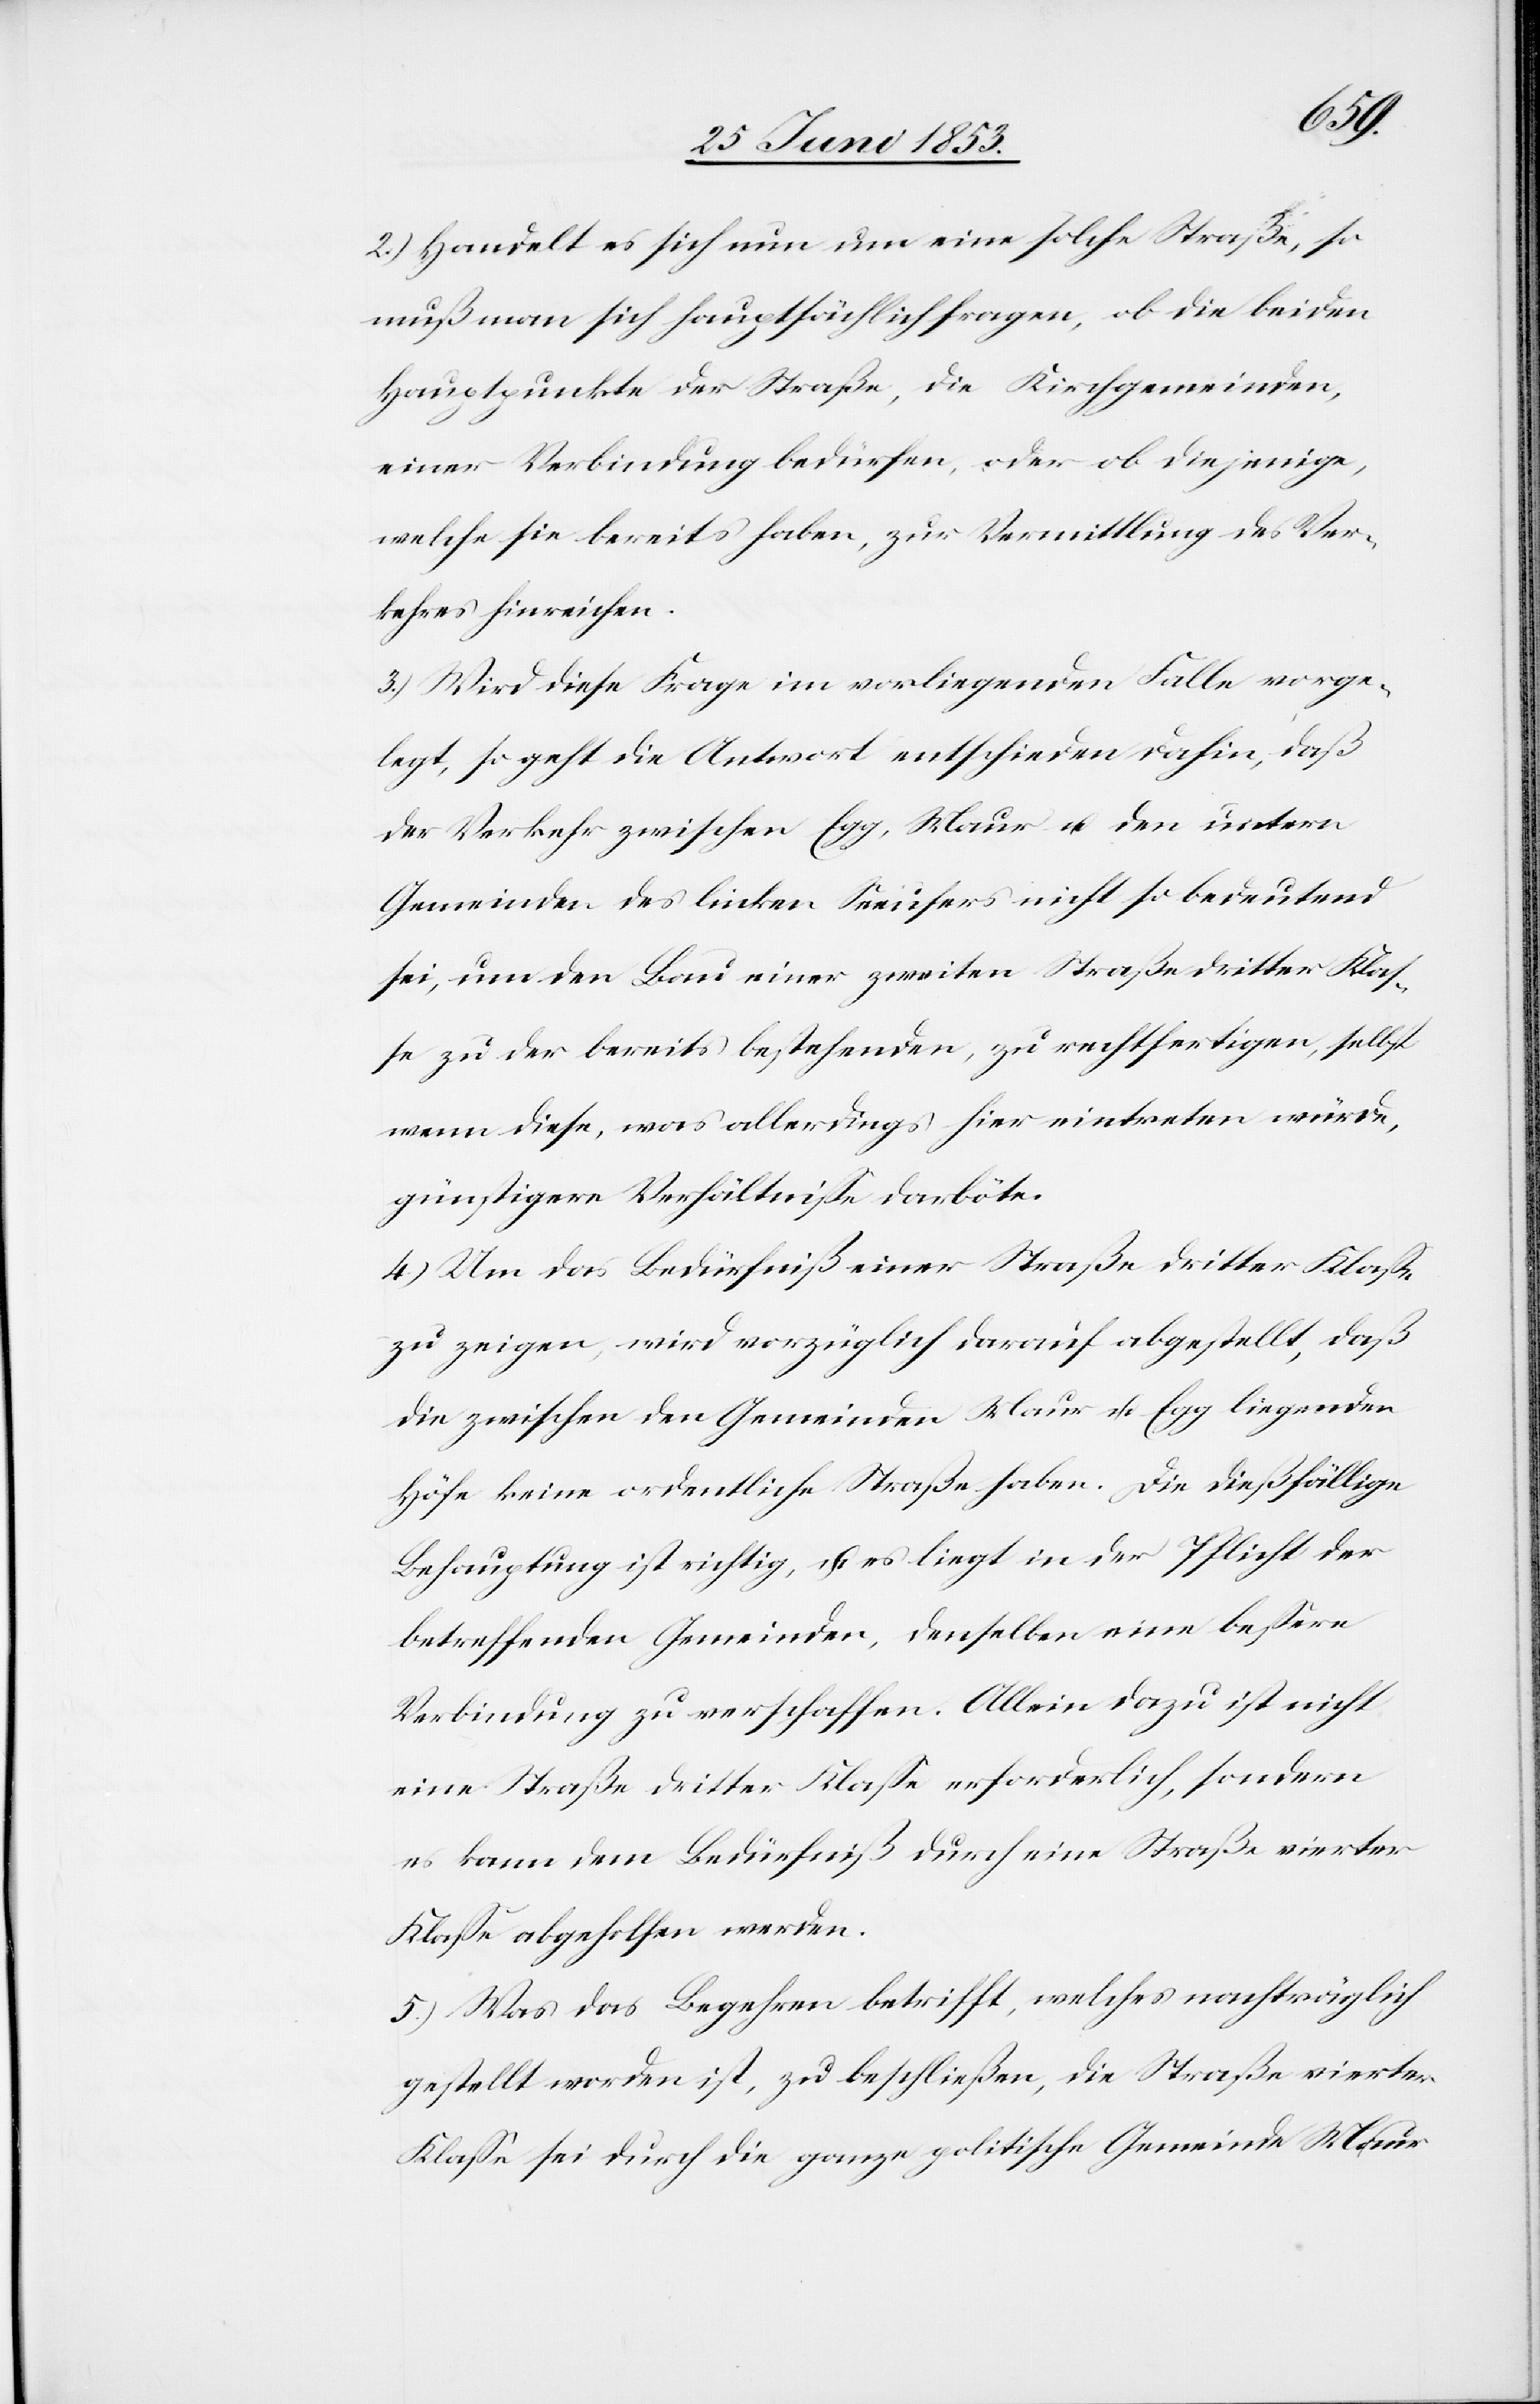
2.) Handelt es sich nun um eine solche Straße, so
muß man sich hauptsächlich fragen, ob die beiden
Hauptpunkte der Straße, die Kirchgemeinden,
einer Verbindung bedürfen, oder ob diejenige,
welche sie bereits haben, zur Vermittlung des Ver¬
kehres hinreichen.
3.) Wird diese Frage im vorliegenden Falle vorge¬
legt, so geht die Antwort entschieden dahin, daß
der Verkehr zwischen Egg, Maur u. den untern
Gemeinden des linken Seeufers nicht so bedeutend
sei, um den Bau einer zweiten Straße dritter Klaß¬
e zu der bereits bestehenden, zu rechtfertigen, selbst
wenn diese, was allerdings, hier eintreten würde,
günstigere Verhältniße darböte.
4.) Um das Bedürfniß einer Straße dritter Klaße,
zu zeigen, wird vorzüglich darauf abgestellt, daß
die zwischen den Gemeinden Maur u. Egg liegenden
Höfe keine ordentliche Straße haben. Die dießfällige
Behauptung ist richtig, u. es liegt in der Pflicht der
betreffenden Gemeinden, denselben eine beßere
Verbindung zu verschaffen. Allein dazu ist nicht
eine Straße dritter Klaße erforderlich, sondern
es kann dem Bedürfniß durch eine Straße vierter
Klaße abgeholfen werden.
5.) Was das Begehren betrifft, welches nachträglich
gestellt worden ist, zu beschließen, die Straße vierter
Klaße sei durch die ganze politische Gemeinde Maur